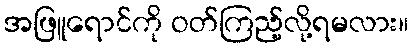
အဖြူရောင်ကို ဝတ်ကြည့်လို့ရမလား။